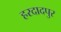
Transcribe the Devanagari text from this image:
हरदादपुर